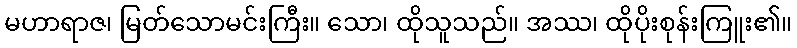
မဟာရာဇ၊ မြတ်သောမင်းကြီး။ သော၊ ထိုသူသည်။ အဿ၊ ထိုပိုးစုန်းကြူး၏။